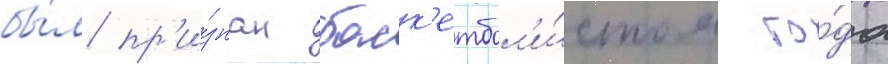
бы́л пр'и́знан баск'етбол'и́стом го́да